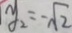
y _ { 2 } = - \sqrt { 2 }